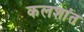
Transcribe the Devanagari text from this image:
कलशांत